Jarvakandi_vallavalitsus, lk 49
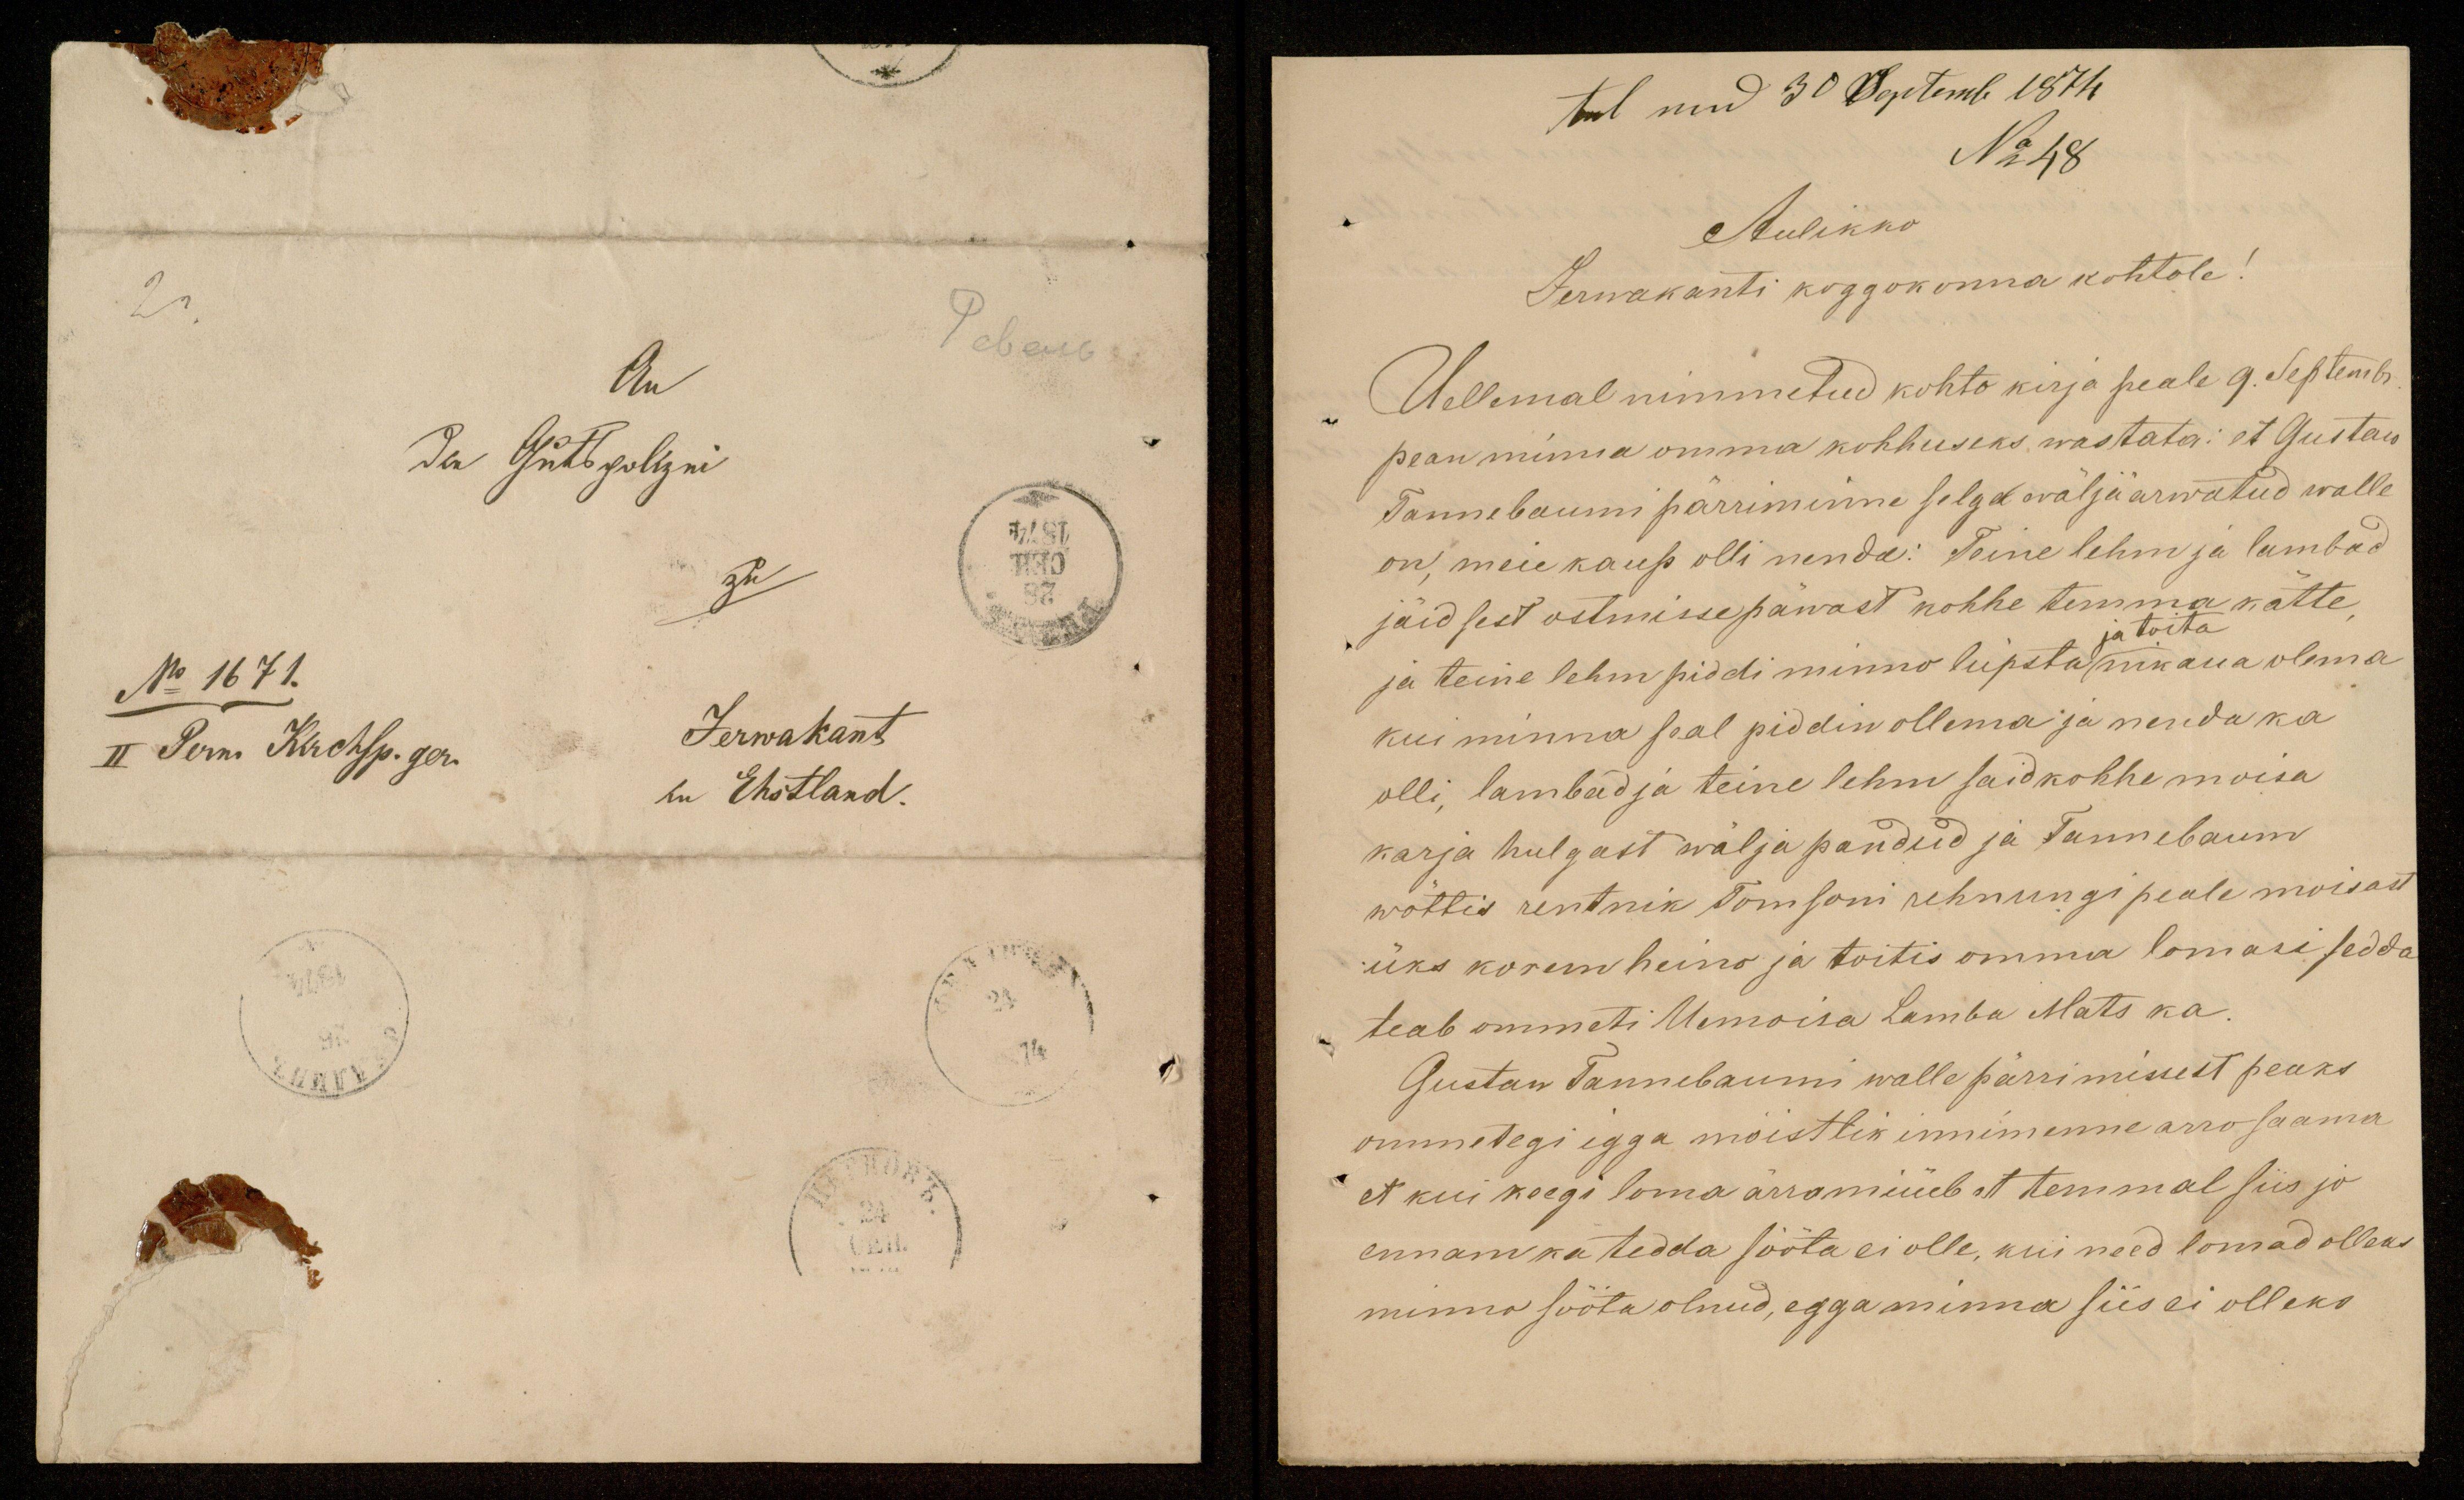
tulnud 30 Septembr 1874
No 48
Aulikko
Jervakanti koggokonna kohtole
Ullemal nimmetud kohto kirja peale 9. Septembr
pean minna omma kohhuseks wastata: et Gustas
Tannebaumi pärrimine selga wäljaarwatud walle
on meie kaup olli nenda: Teine lehm ja lambad
jäid sest ostmisse päwast kohhe temma kätte
ja toita
ja teine lehm piddi minno lüpsta nikaua olema
kui minna seal piddin ollema ja nenda ka
olli, lambad ja teine lehm said kohhe mõisa
karja hulgast wälja pandud ja Tannebaum
wõttis rentnik Tomsoni rehnungi peale mõisast
üks korem heino ja toitis omma lomasi sedda
teab ommeti Uemoisa Lamba Mats ka.
Gustaw Tannebaumi walle pärrimissest peaks
ommetegi igga moistlik innimenne arro saama
et kui keegi loma ärra müüb et temmal siis jo
ennam ka tedda sööta ei olle, kui need lomad olleks
minno sööta olnud, egga minna siis ei olleks